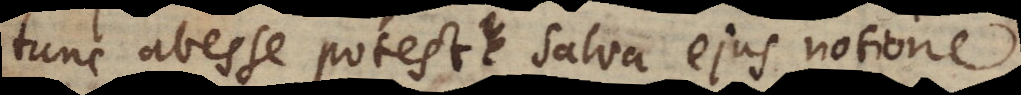
tunc abesse potest salva ejus notione?